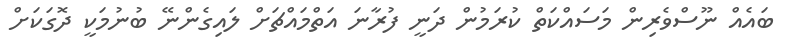
ބައެއް ނޫސްވެރިން މަސައްކަތް ކުރަމުން ދަނީ ފުރާނަ އަތްމައްޗަށް ލައިގެންނޭ ބުނުމަކީ ދޮގަކަށް